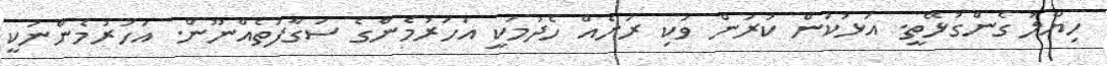
ހިޔާލު ގެންގުޅޭތީ. އަޅުކަން ކުރަން ވަކި ރަށެއް ހެދުމަކީ އަހަރުމެންގެ ސަގާފަތެއްނޫން. އަހަރުމެންނަކީ